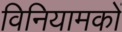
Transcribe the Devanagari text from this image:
विनियामकों